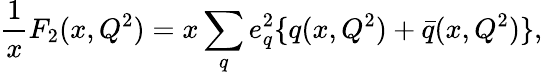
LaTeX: \frac{1}{x}F_{2}(x,Q^{2})=x\sum_{q}e_{q}^{2}\{ q(x,Q^{2})+\bar{q}(x,Q^{2})\} ,